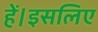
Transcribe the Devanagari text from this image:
हें।इसलिए